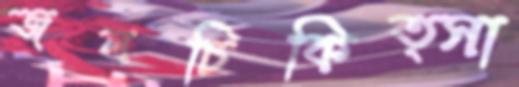
জলচিকিত্সা